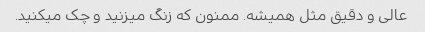
عالی و دقیق مثل همیشه. ممنون که زنگ میزنید و چک میکنید.